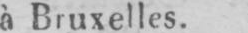
à Bruxelles.